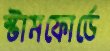
স্টামফোর্ডে